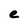
Character: e